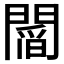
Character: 𨵻